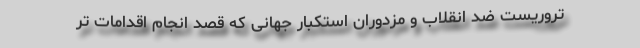
تروریست ضد انقلاب و مزدوران استکبار جهانی که قصد انجام اقدامات تر